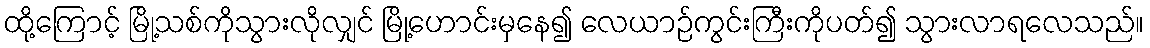
ထို့ကြောင့် မြို့သစ်ကိုသွားလိုလျှင် မြို့ဟောင်းမှနေ၍ လေယာဉ်ကွင်းကြီးကိုပတ်၍ သွားလာရလေသည်။